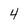
Character: 4